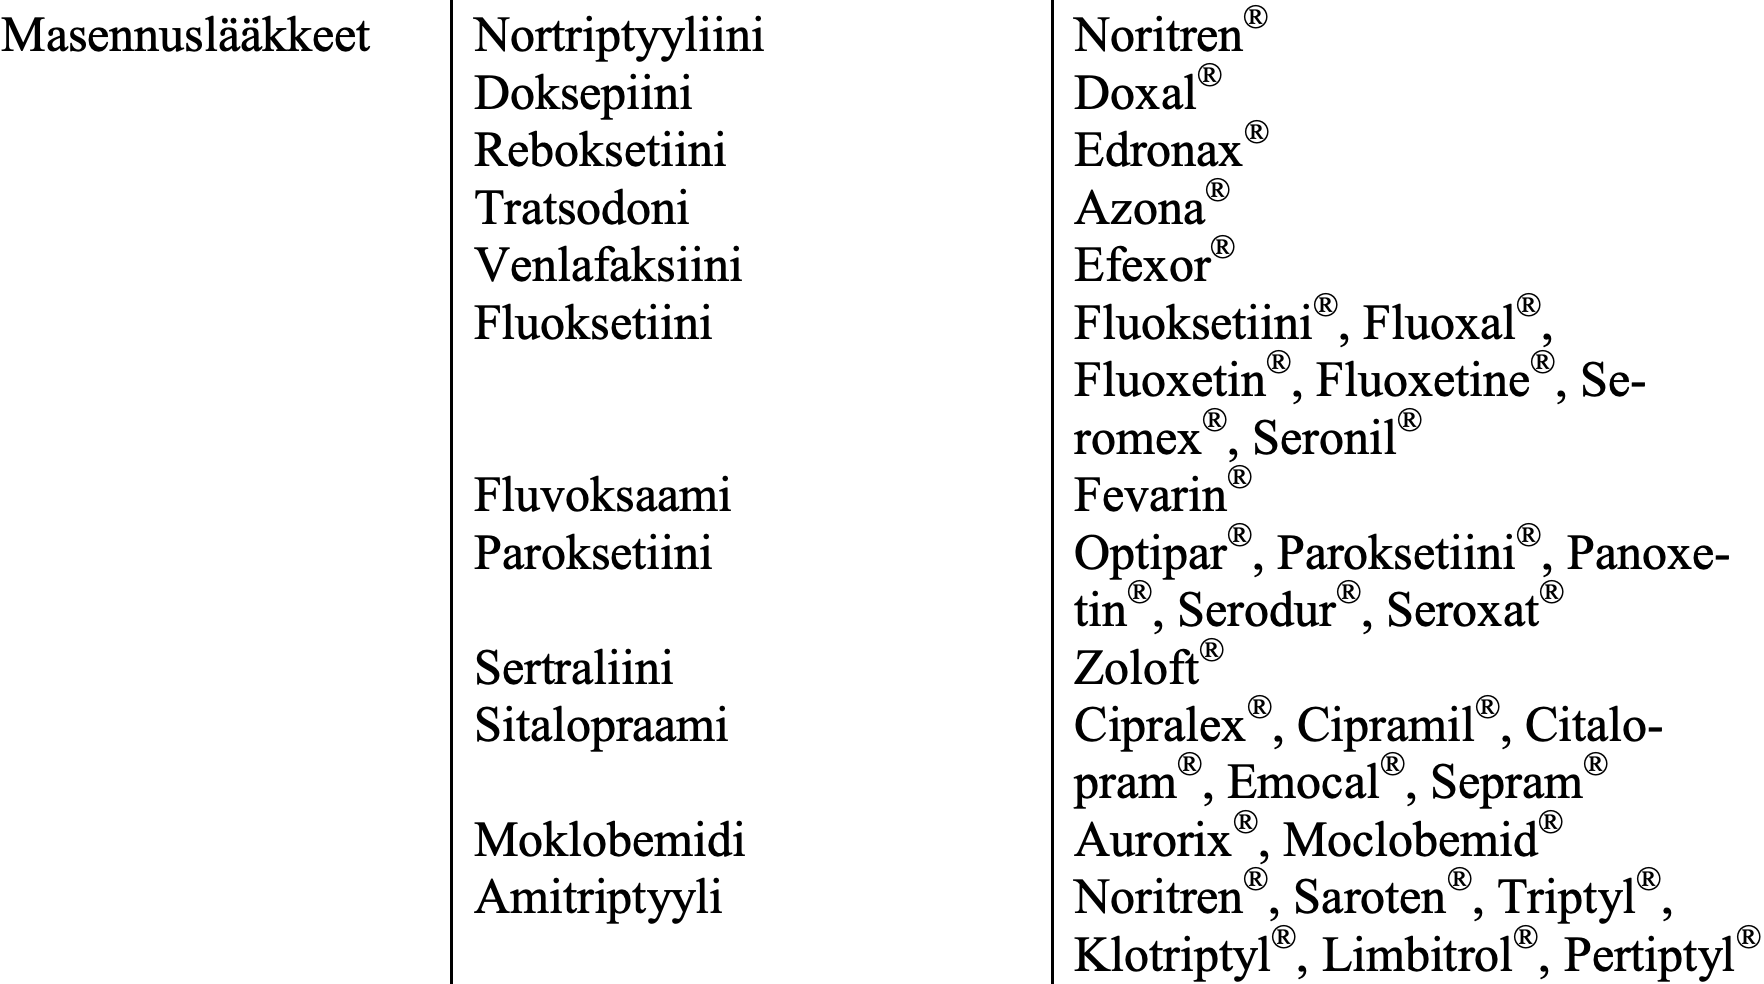
Masennuslääkkeet Nortriptyyliini   Noritren® Doksepiini          Doxal® Reboksetiini        Edronax® Tratsodoni          Azona® Venlafaksiini       Efexor® Fluoksetiini        Fluoksetiini®, Fluoxal®, Fluoxetin®, Fluoxetine®, Se- romex®, Seronil® Fluvoksaami         Fevarin® Paroksetiini        Optipar®, Paroksetiini®, Panoxe- tin®, Serodur®, Seroxat® Sertraliini         Zoloft® Sitalopraami        Cipralex®, Cipramil®, Citalo- pram®, Emocal®, Sepram® Moklobemidi         Aurorix®, Moclobemid® Amitriptyyli        Noritren®, Saroten®, Triptyl®, Klotriptyl®, Limbitrol®, Pertiptyl®